Civil Veterinary Dept. Bombay admin report 1932-41 - 1932-1941
Year: 1932
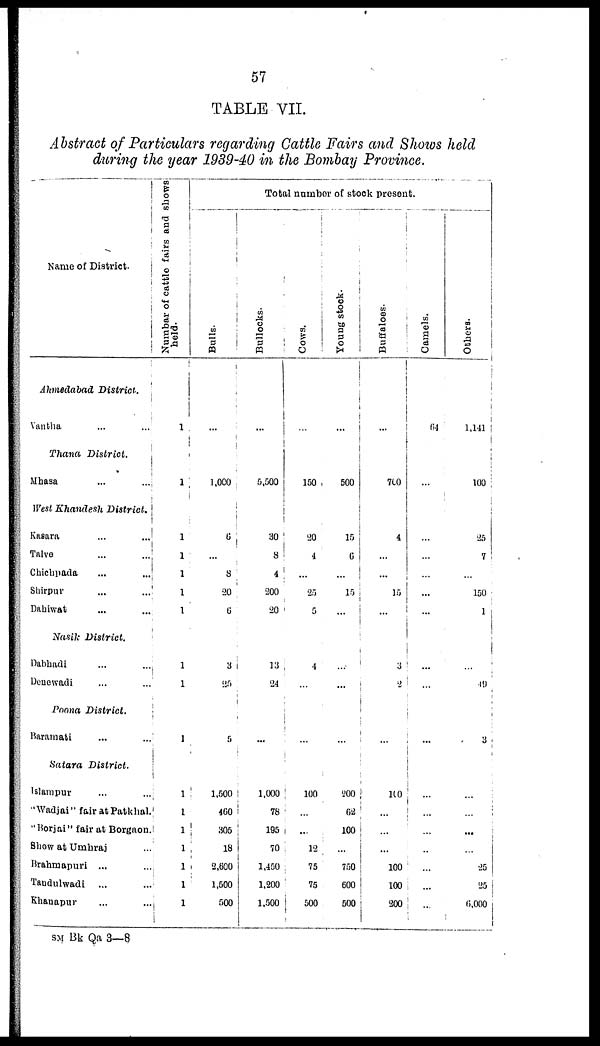
57
TABLE VII.
Abstract of Particulars regarding Cattle Fairs and Shows held
during the year 1939-40 in the Bombay Province.
Name of District.
Ahmedabad
District.
Vantha ... ...
Thana
District.
Mhasa
...
...
West Khandesh
District.
Kasara
...
...
Talve
...
...
Chicupada
...
...
Shirpur
...
...
Dahiwat ... ...
Nasik
District.
Dabhadi ... ...
Denewadi ... ...
Poona
District.
Baramati ... ...
Satara
District.
Islampur ... ...
"Wadjai" fair at Patkhal.
"Borjai" fair at Borgaon.
Show at Umhraj ...
Brahmapuri ... ...
Tandulwadi
... ...
Khanapur ... ...
Numbar of cattle fairs and shows
held.
1
1
1
1
1
1
1
1
1
1
1
1
1
1
1
1
1
Total number of stock present.
Bulls.
...
1,000
6
...
8
20
6
3
25
5
1,500
460
305
18
2,600
1,500
500
Bullocks.
...
5,500
30
8
4
200
20
13
24
...
1,000
78
195
70
1,450
1,200
1,500
Cows.
...
150
20
4
...
25
5
4
...
...
100
...
...
12
75
75
500
Young stock.
...
500
15
6
...
15
...
...
...
...
200
62
100
...
750
600
500
Buffaloes.
...
700
4
...
...
15
...
3
2
...
100
...
...
...
100
100
200
Camels.
64
...
...
...
...
...
...
...
...
...
...
... ...
..
...
...
...
Others.
1,141
100
25
7
...
150
1
...
49
3
...
...
...
...
25
25
6,000
SM Bk Qa 3—8